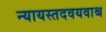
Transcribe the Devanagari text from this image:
न्यायस्तदवयवाश्च